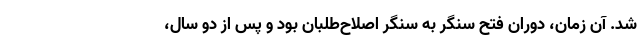
شد. آن زمان، دوران فتح سنگر به سنگر اصلاح‌طلبان بود و پس از دو سال،